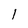
Character: I